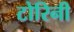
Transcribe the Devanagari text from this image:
टोरिनी